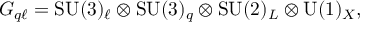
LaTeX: G _ { q \ell } = \mathrm { S U } ( 3 ) _ { \ell } \otimes \mathrm { S U } ( 3 ) _ { q } \otimes \mathrm { S U } ( 2 ) _ { L } \otimes \mathrm { U } ( 1 ) _ { X } ,